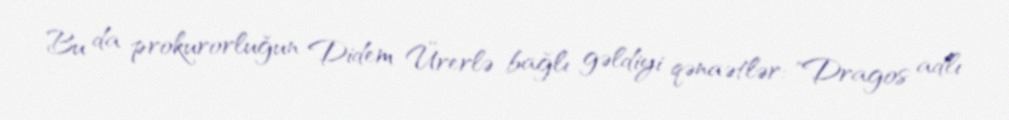
Bu da prokurorluğun Didem Ürerlə bağlı gəldiyi qənaətlər: "Dragos adlı